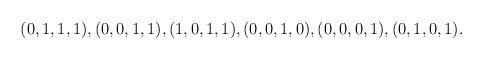
\begin{align*}(0,1,1,1), (0,0,1,1), (1,0,1,1), (0,0,1,0), (0,0,0,1), (0,1,0,1).\end{align*}